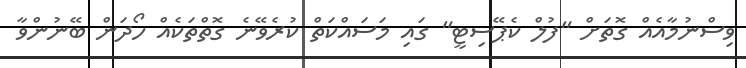
ވިސްނުމާއެއް ގޮތަށް "ފުލް ކެޕޭސިޓީ" ގައި މަސައްކަތް ކުރެވޭނެ ގޮތްތަކެއް ހޯދަން ބޭނުންވާ